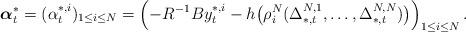
LaTeX: \begin{align*}\boldsymbol{\alpha}_t^*=(\alpha_t^{*,i})_{1\leq i\leq N}=\left(-R^{-1}By_t^{*,i}-h\big(\rho_i^N(\Delta^{N,1}_{*,t},\ldots,\Delta^{N,N}_{*,t})\big)\right)_{1\leq i\leq N}.\end{align*}